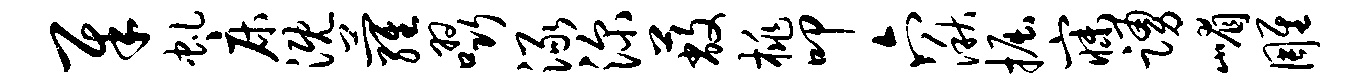
犀虬床溉萝啜渌深蔽桃叩六湫掘寐踊嵋雕